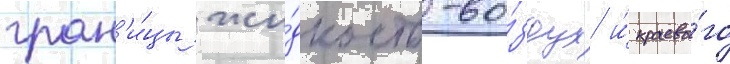
гран'и́цы жи́дкость-во́здух и́ краево́го